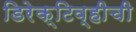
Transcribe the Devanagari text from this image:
डिरेक्टिव्हीची